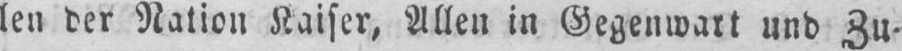
len der Nation Kaiser, Allen in Gegenwart und Zu-